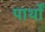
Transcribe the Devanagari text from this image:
पार्थों